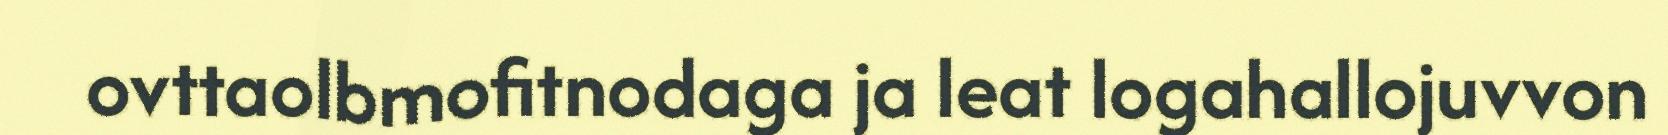
ovttaolbmofitnodaga ja leat logahallojuvvon